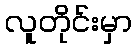
လူတိုင်းမှာ